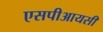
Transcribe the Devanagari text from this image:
एसपीआयसी